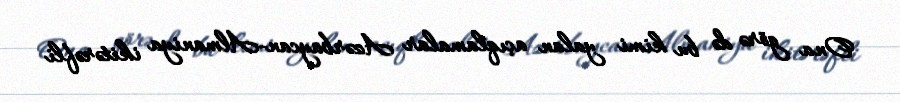
Ona görə də bu kimi yalan açıqlamalar Azərbaycan-Almaniya ikitərəfli